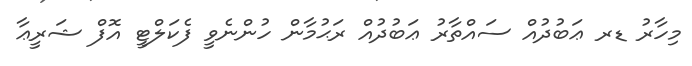
މިހާރު ޑރ ޢަބުދުއް ސައްތާރު ޢަބުދުއް ރަޙުމާން ހުންނެވީ ފެކަލްޓީ އޮފް ޝަރީޢާ